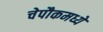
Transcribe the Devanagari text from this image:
चेपौकमध्ये